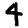
Digit: 4